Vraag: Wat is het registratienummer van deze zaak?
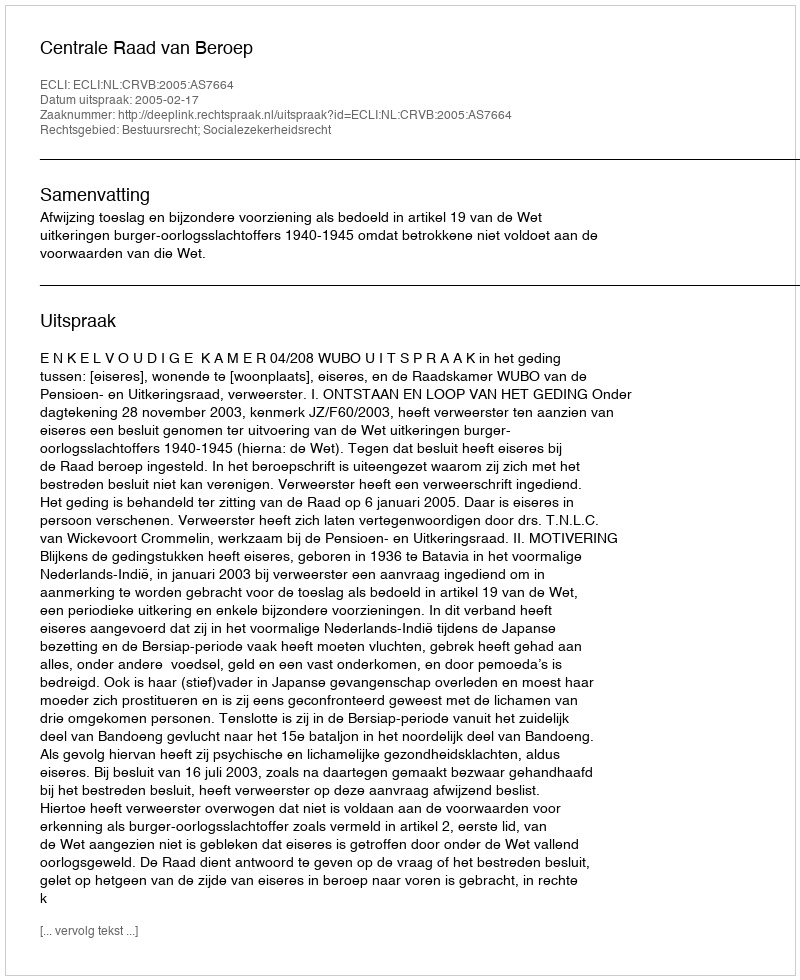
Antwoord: http://deeplink.rechtspraak.nl/uitspraak?id=ECLI:NL:CRVB:2005:AS7664